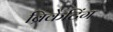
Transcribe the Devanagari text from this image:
ब्रिकेटिंग